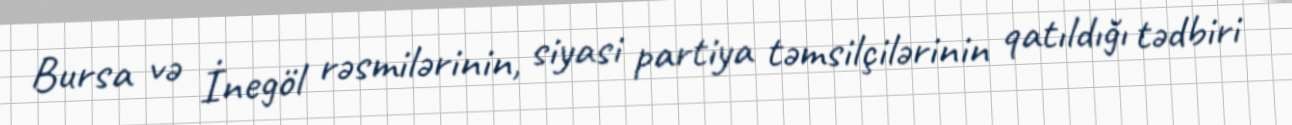
Bursa və İnegöl rəsmilərinin, siyasi partiya təmsilçilərinin qatıldığı tədbiri